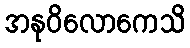
အနုဝိလောကေသိ